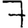
Digit: 7